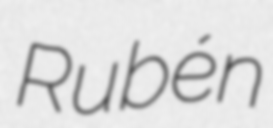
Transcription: Rubén